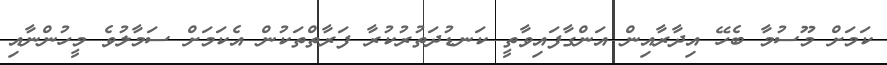
ކަމަށް މޫސުމާ ބެހޭ އިދާރާއިން އަންގާފައިވާތީ ކަނޑުދަތުރުކުރާ ފަރާތްތަކުން އެކަމަށް ސަމާލުވެ މީހުންނާއި